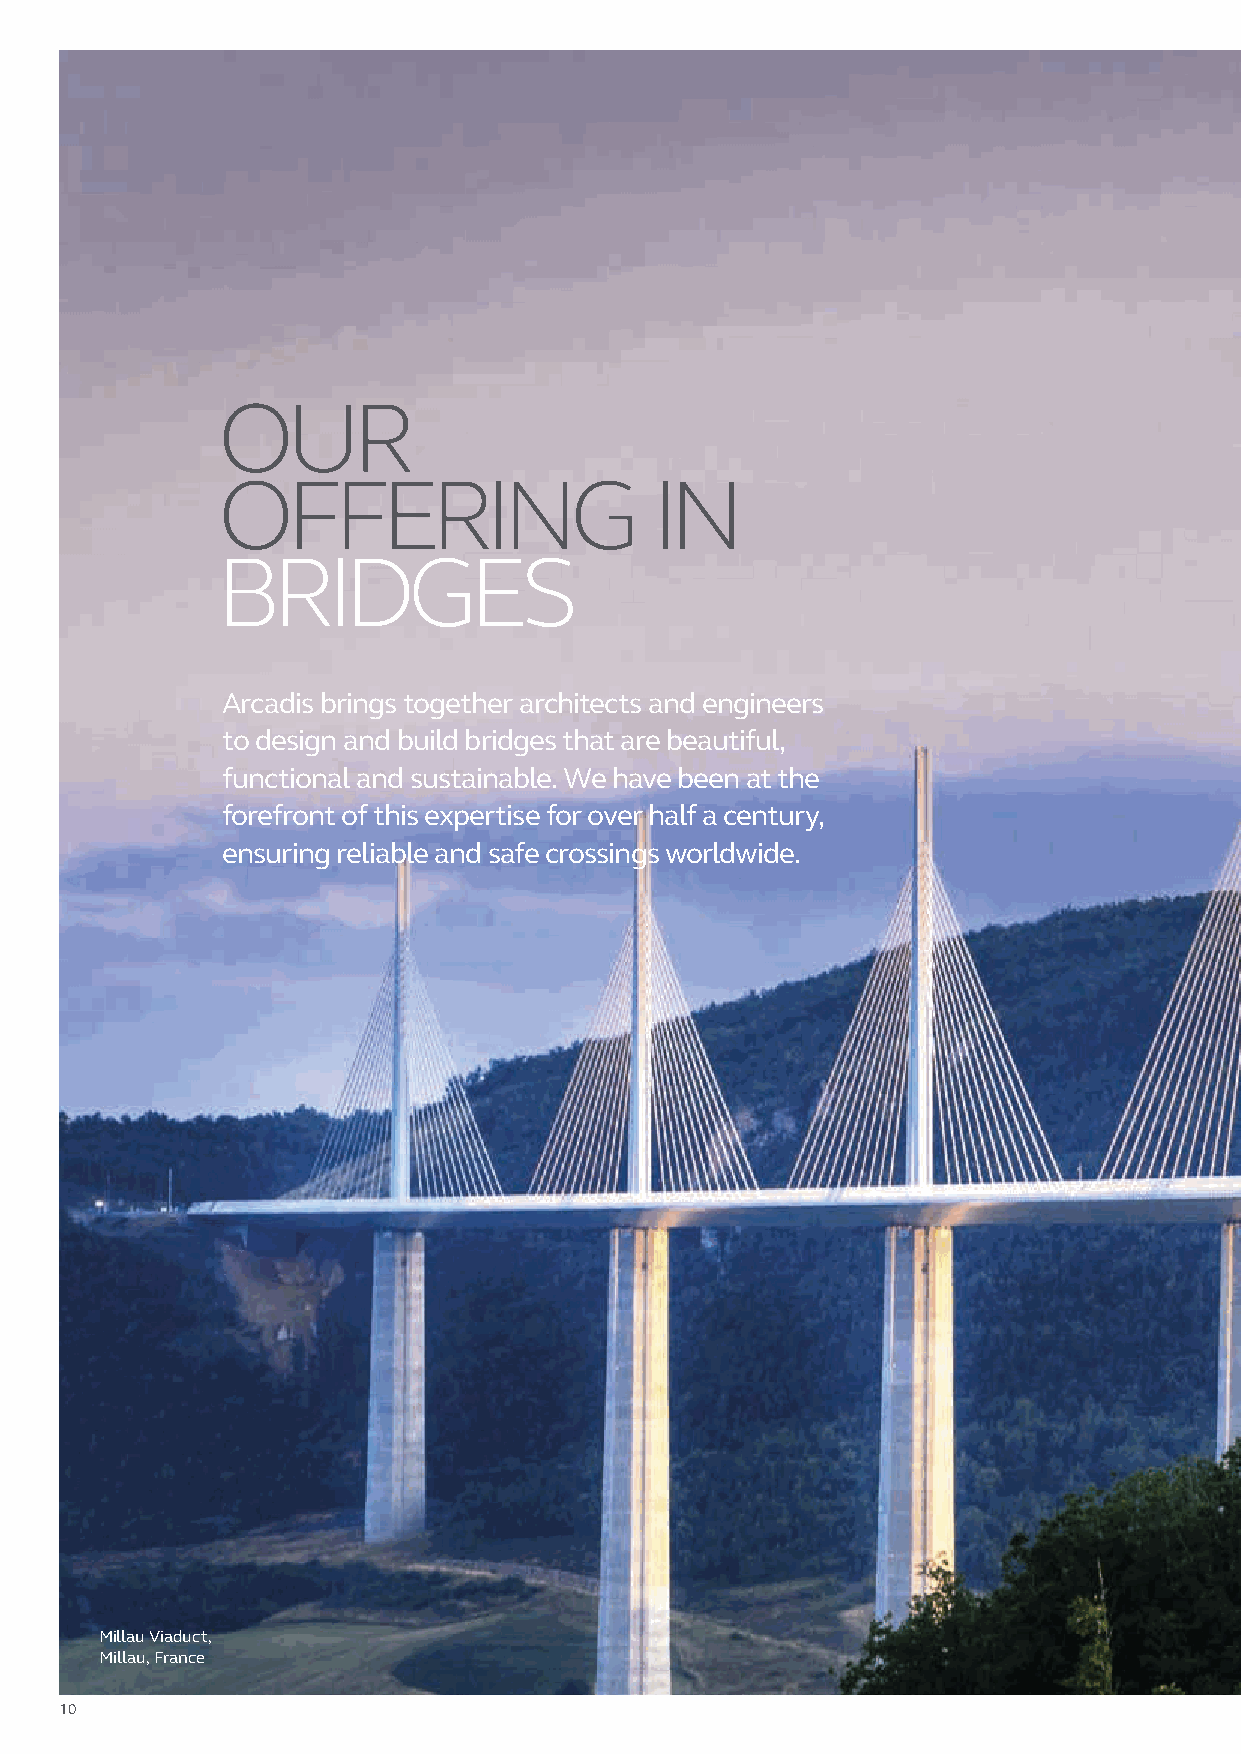
OUR
 OFFERING                     IN
 B   RIDGES
 Arcadis brings together architects and engineers
 to design and build bridges that are beautiful,
 functional and sustainable. We have been at the
 forefront of this expertise for over half a century,
 ensuring reliable and safe crossings worldwide.
 Millau Viaduct,
 Millau, France
 10